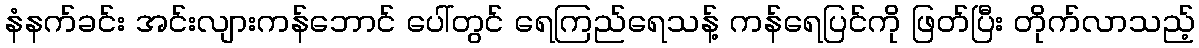
နံနက်ခင်း အင်းလျားကန်ဘောင် ပေါ်တွင် ရေကြည်ရေသန့် ကန်ရေပြင်ကို ဖြတ်ပြီး တိုက်လာသည့်